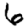
Digit: 6